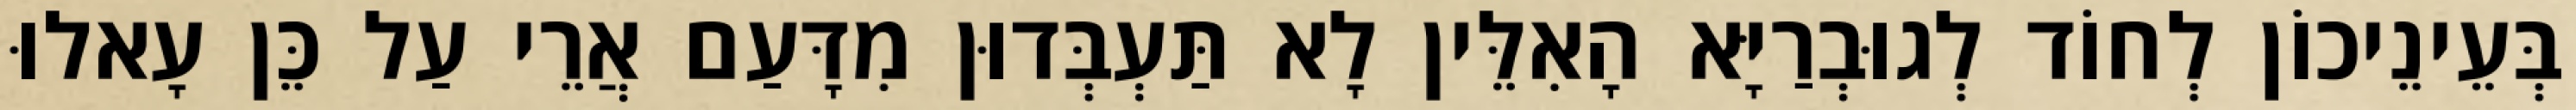
בְּעֵינֵיכוֹן לְחוֹד לְגוּבְרַיָּא הָאִלֵּין לָא תַּעְבְּדוּן מִדָּעַם אֲרֵי עַל כֵּן עָאלוּ